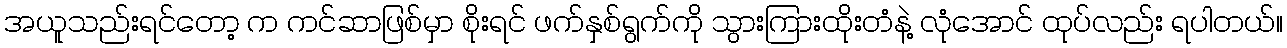
အယူသည်းရင်တော့ က ကင်ဆာဖြစ်မှာ စိုးရင် ဖက်နှစ်ရွက်ကို သွားကြားထိုးတံနဲ့ လုံအောင် ထုပ်လည်း ရပါတယ်။